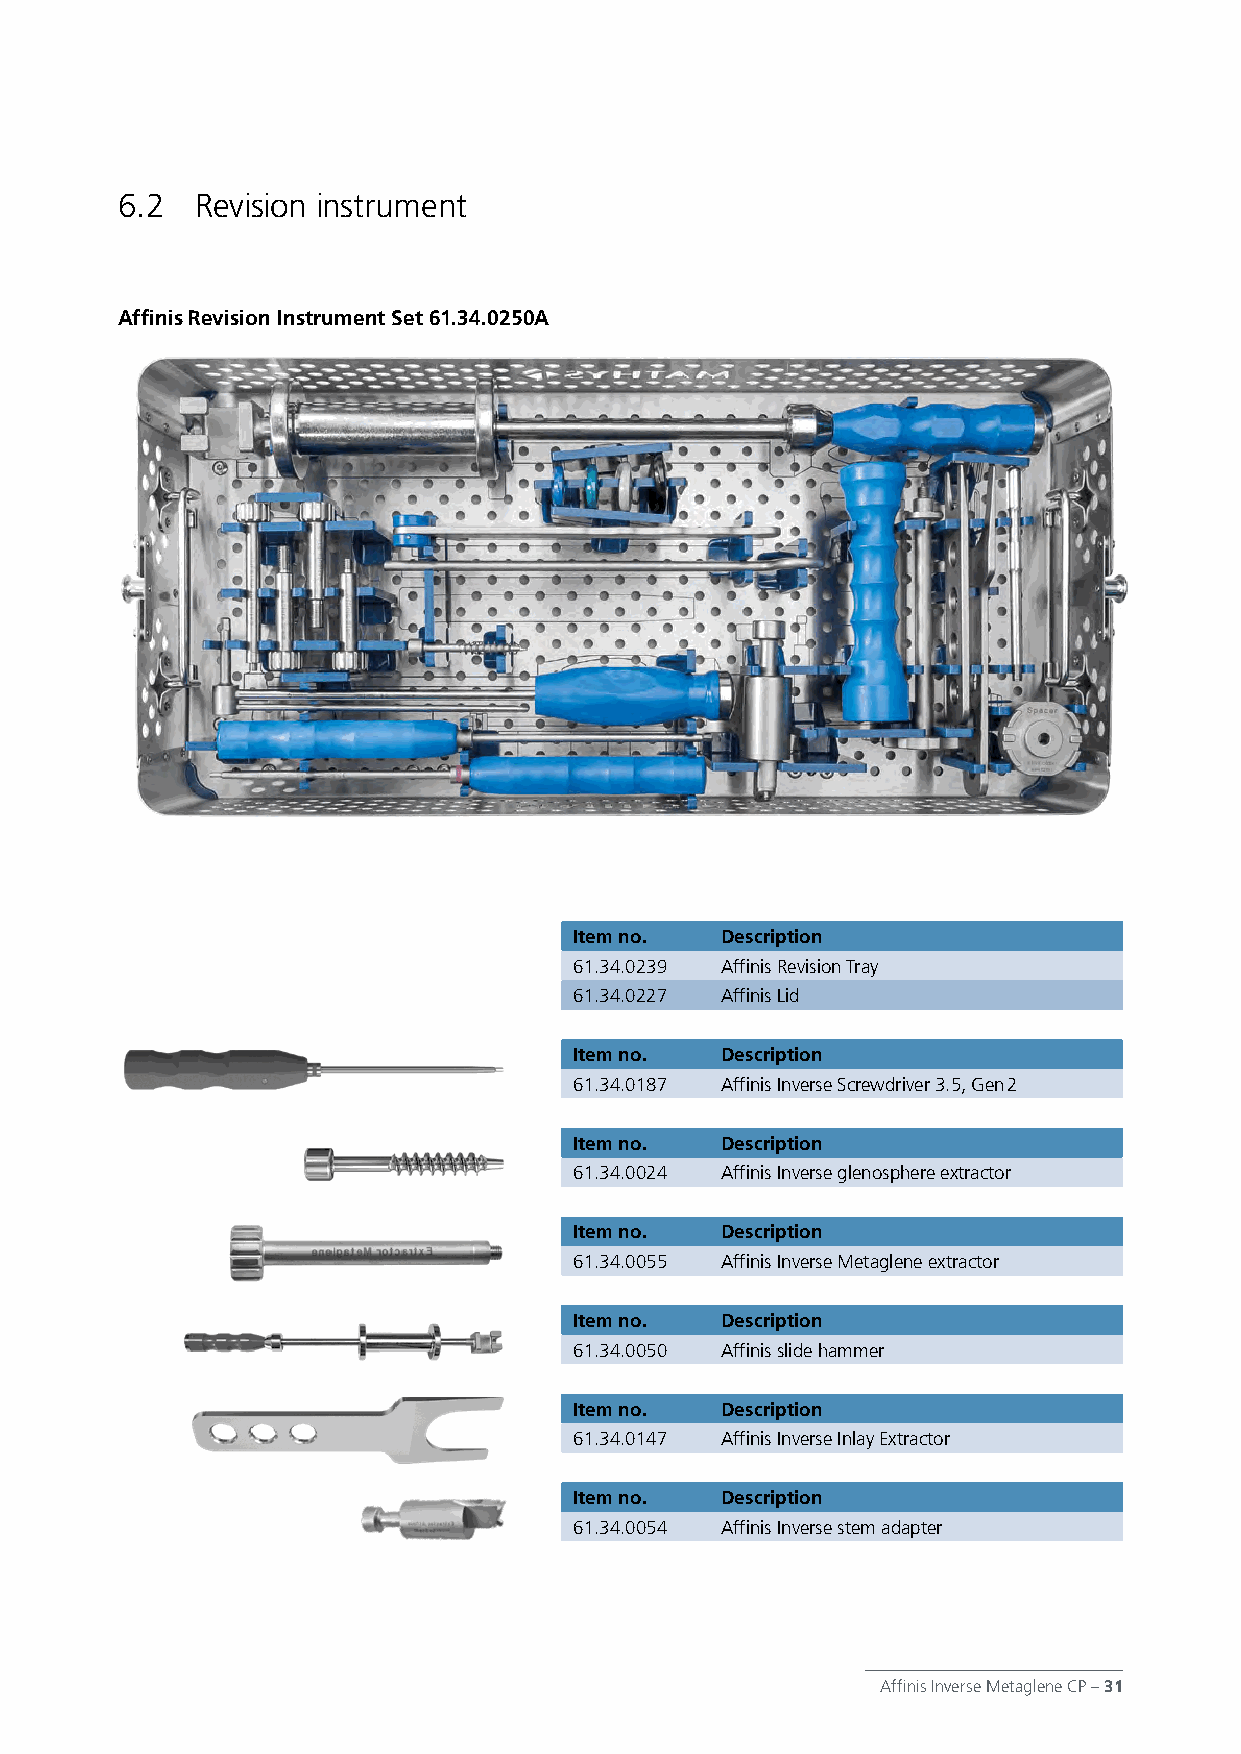
6.2  Revision instrument
 Affinis Revision Instrument Set 61.34.0250A
 Item no.  Description
 61.34.0239 Affinis Revision Tray
 61.34.0227 Affinis Lid
 Item no.  Description
 61.34.0187 Affinis Inverse Screwdriver 3.5, Gen 2
 Item no.  Description
 61.34.0024 Affinis Inverse glenosphere extractor
 Item no.  Description
 61.34.0055 Affinis Inverse Metaglene extractor
 Item no.  Description
 61.34.0050 Affinis slide hammer
 Item no.  Description
 61.34.0147 Affinis Inverse Inlay Extractor
 Item no.  Description
 61.34.0054 Affinis Inverse stem adapter
 Affinis Inverse Metaglene CP – 31